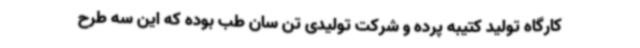
کارگاه تولید کتیبه پرده و شرکت تولیدی تن سان طب بوده که این سه طرح